Report on vaccination in Madras 1895-1903 - 1895-1903
Year: 1895
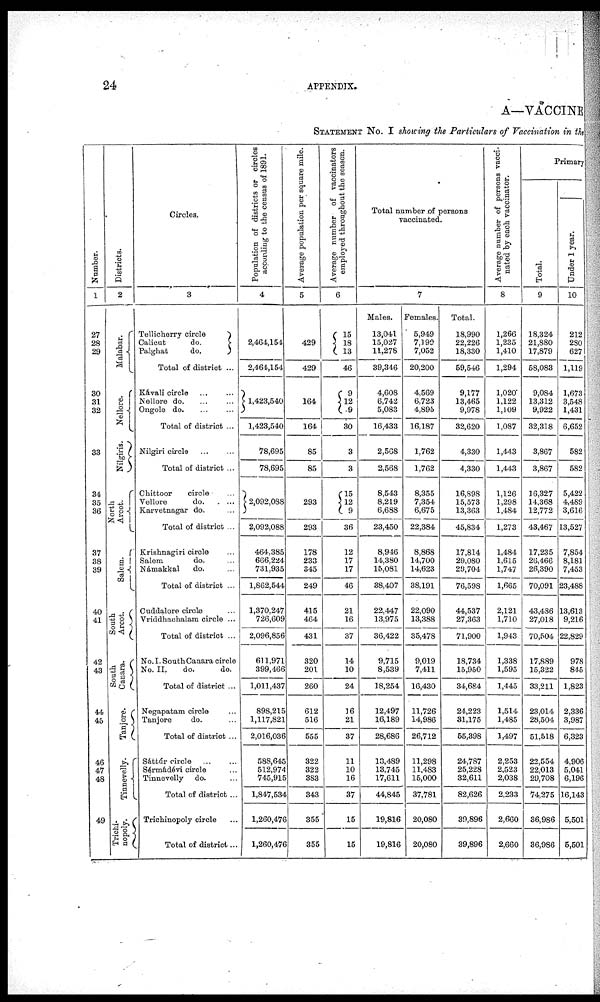
24
APPENDIX.
A—VACCINE
STATEMENT No. I showing the Particulars of Vaccination in the
Number.
1
27
28
29
30
31
32
33
34
35
36
37
38
39
40
41
42
43
44
45
46
47
48
49
Districts.
2
Malabar.
Nellore.
Nilgiris.
North
Arcot.
Salem.
South
Arcot.
South
Canara.
Tanjore.
Tinnevelly.
Trichi-
nopoly.
Circles.
3
Tellicherry circle
Calicut
do.
Palghat
do.
Total of district ...
Kávali circle ... ...
Nellore do. ... ...
Ongole
do. ... ...
Total of district ...
Nilgiri circle ... ...
Total of district ...
Chittoor
circle ...
Vellore
d o . ...
Karvetnagar do. ...
Total of district ...
Krishnagiri circle ...
Salem
do. ...
Námakkal
do. ...
Total of district ...
Cuddalore circle ...
Vriddhachalam circle ...
Total of district ...
No. I. South Canara circle
No. II,
do.
do.
Total of district ...
Negapatam circle ...
Tanjore
do. ...
Total of district ...
Sáttúr circle
...
...
Sérmádévi circle ...
Tinnevelly do. ...
Total of district ...
Trichinopoly circle ...
Total of district...
Population of districts or circles
according to the census of 1891.
4
2,464,154
2,464,154
1,423,540
1,423,540
78,695
78,695
2,092,088
2,092,088
464,385
666,224
731,935
1,862,544
1,370,247
726,609
2,096,856
611,971
399,466
1,011,437
898,215
1,117,821
2,016,036
588,645
512,974
745,915
1,847,534
1,260,476
1,260,476
Average population per square mile.
5
429
429
164
164
85
85
293
293
178
233
345
249
415
464
431
320
201
260
612
516
555
322
322
383
343
355
355
Average number of vaccinators
employed throughout the season.
6
15
18
13
46
9
12
9
30
3
3
15
12
9
36
12
17
17
46
21
16
37
14
10
24
16
21
37
11
10
16
37
15
15
Total number of persons
vaccinated.
7
Males.
13,041
15,027
11,278
39,346
4,608
6,742
5,083
16,433
2,568
2,568
8,543
8,219
6,688
23,450
8,946
14,380
15,081
38,407
22,447
13,975
36,422
9,715
8,539
18,254
12,497
16,189
28,686
13,489
13,745
17,611
44,845
19,816
19,816
Females.
5,949
7,199
7,052
20,200
4,569
6,723
4,895
16,187
1,762
1,762
8,355
7,354
6,675
22,384
8,868
14,700
14,623
38,191
22,090
13,388
35,478
9,019
7,411
16,430
11,726
14,986
26,712
11,298
11,483
15,000
37,781
20,080
20,080
Total.
18,990
22,226
18,330
59,546
9,177
13,465
9,978
32,620
4,330
4,330
16,898
15,573
13,363
45,834
17,814
29,080
29,704
76,598
44,537
27,363
71,900
18,734
15,950
34,684
24,223
31,175
55,398
24,787
25,228
32,611
82,626
39,896
39,896
Average number of persons vacci-
nated by each vaccinator.
8
1,266
1,235
1,410
1,294
1,020
1,122
1,109
1,087
1,443
1,443
1,126
1,298
1,484
1,273
1,484
1,615
1,747
1,665
2,121
1,710
1,943
1,338
1,595
1,445
1,514
1,485
1,497
2,253
2,523
2,038
2,233
2,660
2,660
Primary
Total.
9
18,324
21,880
17,879
58,083
9,084
13,312
9,922
32,318
3,867
3,867
16,327
14,368
12,772
43,467
17,235
26,466
26,390
70,091
43,486
27,018
70,504
17,889
15,322
33,211
23,014
28,504
51,518
22,554
22,013
29,708
74,275
36,986
36,986
Under 1 year.
10
212
280
627
1,119
1,673
3,548
1,431
6,652
582
582
5,422
4,489
3,616
13,527
7,854
8,181
7,453
23,488
13,613
9,216
22,829
978
845
1,823
2,336
3,987
6,323
4,906
5,041
6,196
16,143
5,501
5,501